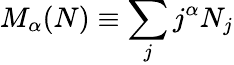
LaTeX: M_{\alpha}(N)\equiv\sum_{j}j^{\alpha}N_{j}